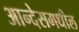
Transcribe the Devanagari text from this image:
आन्देसमधील